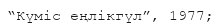
“Күміс еңлікгүл”, 1977;